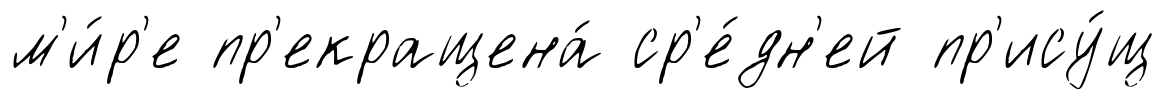
м'и́р'е пр'екращена́ ср'е́дн'ей пр'ису́щ